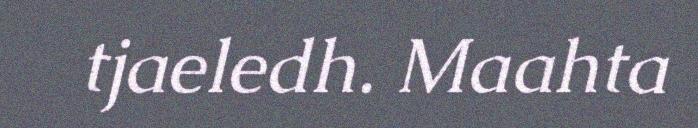
tjaeledh. Maahta